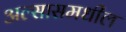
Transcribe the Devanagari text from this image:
अल्सासमधील